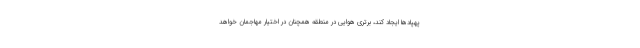
پهپادها ایجاد کند، برتری هوایی در منطقه همچنان در اختیار مهاجمان خواهد